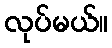
လုပ်မယ်။